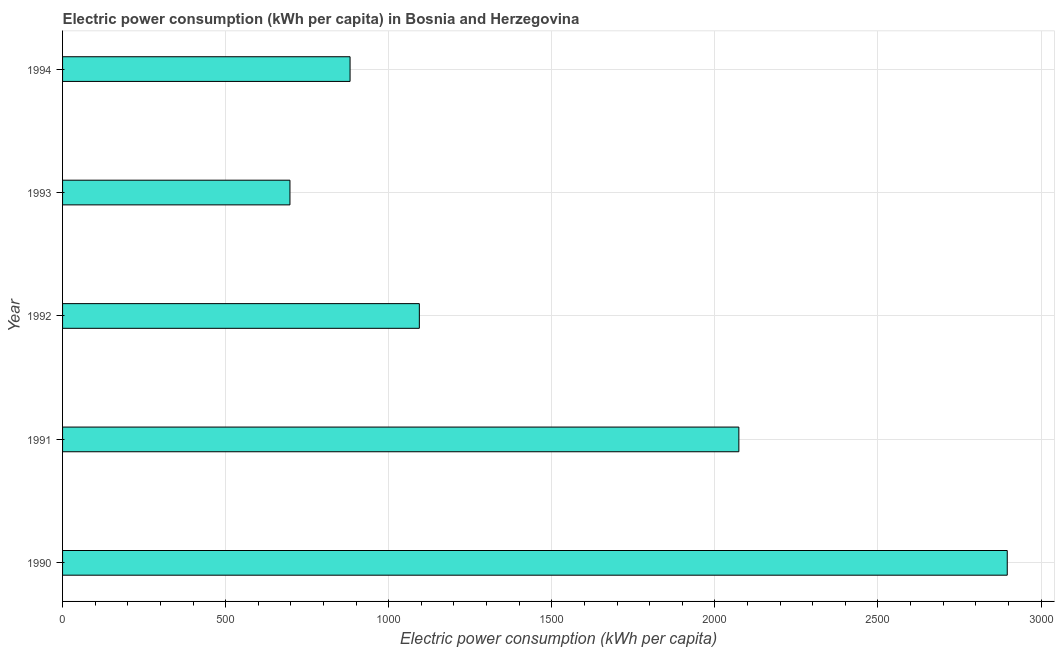
| Year | Electric power consumption |
 | --- | --- |
 | 1990 | 2.9e+03 |
 | 1991 | 2.07e+03 |
 | 1992 | 1.09e+03 |
 | 1993 | 697 |
 | 1994 | 881 |